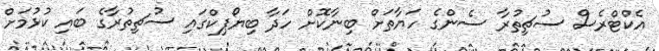
އެކްޓްރެސް ސުޗިތުރާ ސެންގެ ހަޔާތަށް ބިނާކޮށް ހަދާ ބިޔޯޕިކްގައި ސުޗިތުރާގެ ބައި ކުޅުމަށް